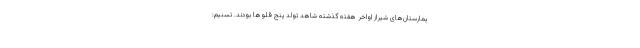
یمارستان‌های شیراز اواخر هفته گذشته شاهد تولد پنج قلوها بودند. تسنیم: